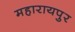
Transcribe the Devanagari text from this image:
महारायपुर